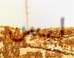
ليس